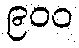
၉၀၀